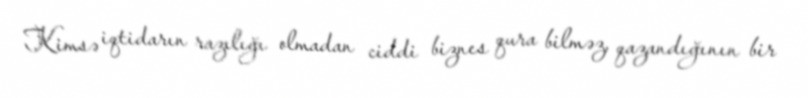
Kimsə iqtidarın razılığı olmadan ciddi biznes qura bilməz, qazandığının bir